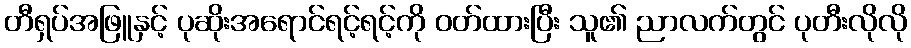
တီရှပ်အဖြူနှင့် ပုဆိုးအရောင်ရင့်ရင့်ကို ဝတ်ထားပြီး သူ၏ ညာလက်တွင် ပုတီးလိုလို